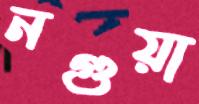
নগুয়া